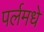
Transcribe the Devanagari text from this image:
पर्लमधे